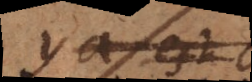
ea est